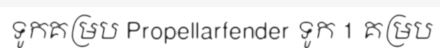
ទូកគម្រប Propellarfender ទូក 1 គម្រប